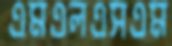
এমএলএসএম